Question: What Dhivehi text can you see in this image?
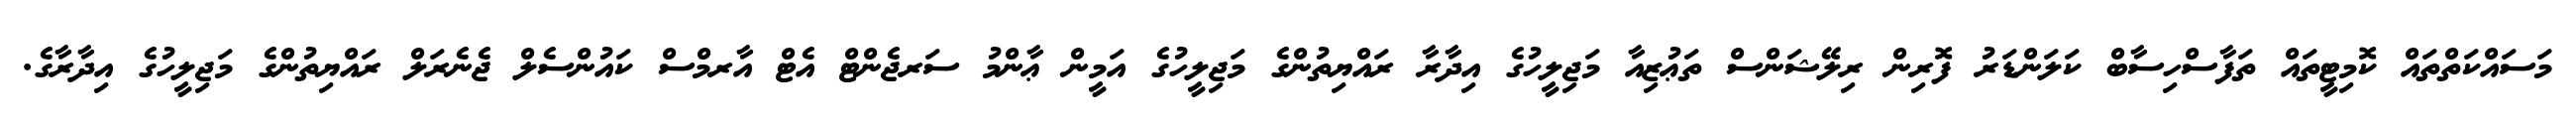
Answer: މަސައްކަތްތައް ކޮމިޓީތައް ތަފާސްހިސާބް ކަލަންޑަރު ފޮރިން ރިލޭޝަންސް ތަޢުޒިއާ މަޖިލީހުގެ އިދާރާ ރައްޔިތުންގެ މަޖިލީހުގެ އަމީން ޢާންމު ސަރޖެންޓް އެޓް އާރމްސް ކައުންސެލް ޖެނެރަލް ރައްޔިތުންގެ މަޖިލީހުގެ އިދާރާގެ.